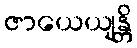
ဇာယေယျန္တိ